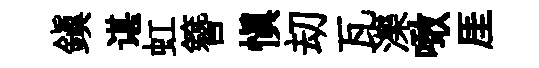
鎮谌虹簪慎刧瓦濼噉厓